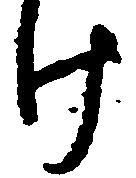
け